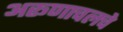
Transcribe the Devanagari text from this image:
अरूणाचलचे